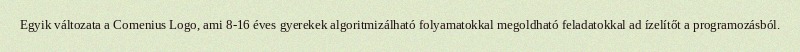
Egyik változata a Comenius Logo, ami 8-16 éves gyerekek algoritmizálható folyamatokkal megoldható feladatokkal ad ízelítőt a programozásból.